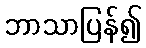
ဘာသာပြန်၍